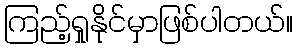
ကြည့်ရှုနိုင်မှာဖြစ်ပါတယ်။